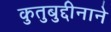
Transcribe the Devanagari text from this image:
कुतुबुद्दीनाने